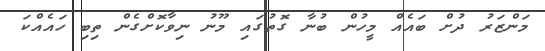
މަންޒަރު ދުށް ބައެއް މީހުން ބުނާ ގޮތުގައި މޫނު ނިވާކޮށްގެން ތިބި ހައެއްކަ